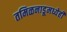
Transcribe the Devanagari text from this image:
तमिळनाडूमध्येही